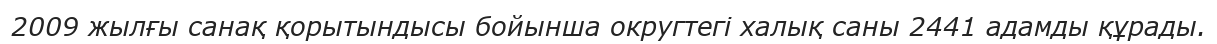
2009 жылғы санақ қорытындысы бойынша округтегі халық саны 2441 адамды құрады.